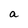
Character: a